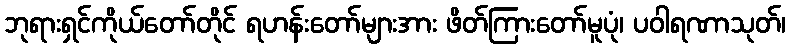
ဘုရားရှင်ကိုယ်တော်တိုင် ရဟန်းတော်များအား ဖိတ်ကြားတော်မူပုံ၊ ပဝါရဏာသုတ်၊